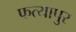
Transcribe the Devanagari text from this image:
फत्यापुर